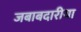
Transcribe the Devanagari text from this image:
जबाबदारीया